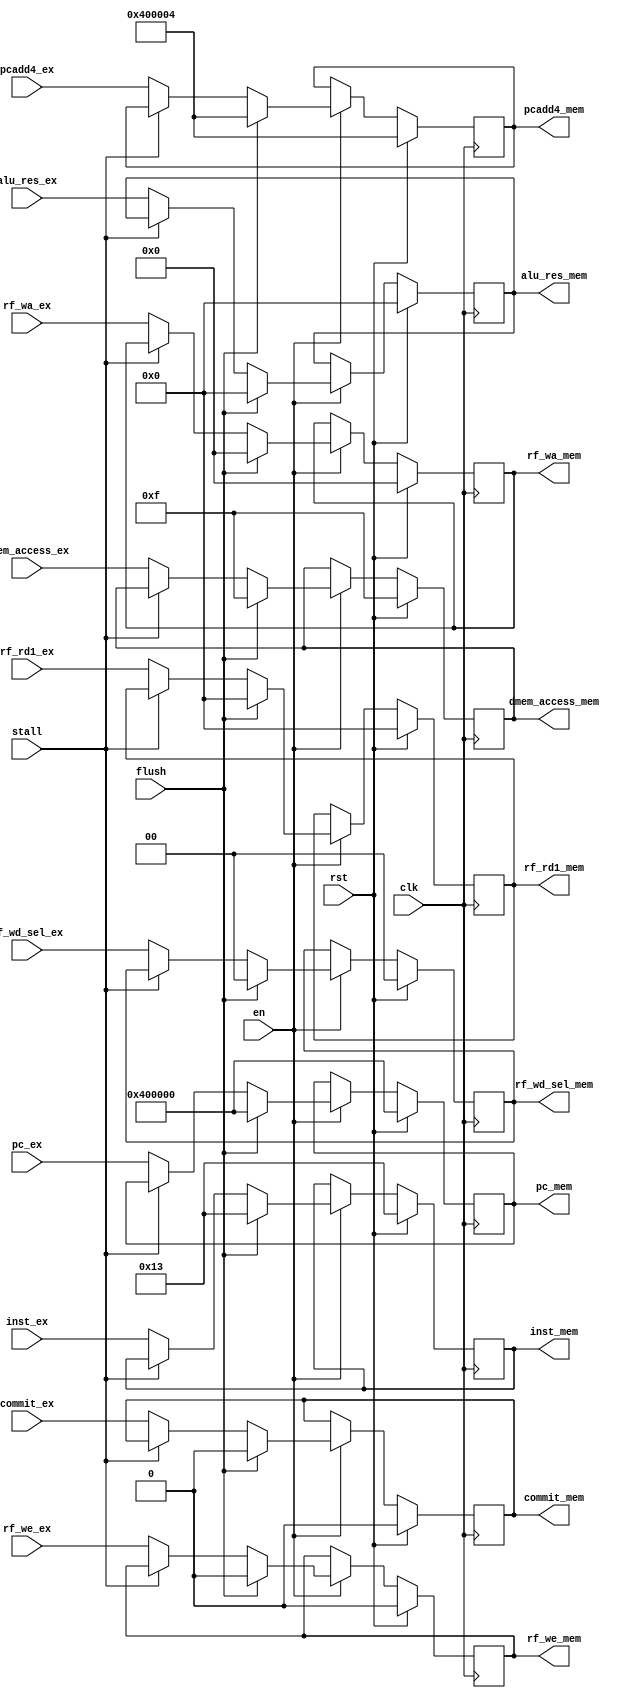
module EX_MEM(
    input [0:0]     clk,
    input [0:0]     en,
    input [0:0]     rst,
    input [31:0]    pcadd4_ex,
    input [31:0]    pc_ex,
    input [31:0]    inst_ex,
    input [31:0]    alu_res_ex,
    input [31:0]    rf_rd1_ex,
    input [4:0]     rf_wa_ex,
    input [0:0]     stall,
    input [0:0]     flush,
    input [0:0]     commit_ex,
    input [0:0]     rf_we_ex,
    input [1:0]     rf_wd_sel_ex,
    input [3:0]     dmem_access_ex,
    
    output  reg [31:0]      pcadd4_mem,
    output  reg [31:0]      alu_res_mem,
    output  reg [31:0]      rf_rd1_mem,
    output  reg [4:0]       rf_wa_mem,
    output  reg [0:0]       commit_mem,
    output  reg [0:0]       rf_we_mem,
    output  reg [1:0]       rf_wd_sel_mem,
    output  reg [3:0]       dmem_access_mem,
    output  reg [31:0]      pc_mem,
    output  reg [31:0]      inst_mem
);

always @(posedge clk) begin
    if(rst)begin
        pcadd4_mem <= 32'h00400004;
        alu_res_mem <= 0;
        rf_rd1_mem <= 0;
        rf_wa_mem <= 0;
        commit_mem <= 0;
        rf_we_mem <= 0;
        rf_wd_sel_mem <= 0;
        dmem_access_mem <= 4'b1111;
        pc_mem <= 32'h00400000;
        inst_mem <= 32'h00000013;
    end
    else if(en)begin
        if(flush)begin
            pcadd4_mem <= 32'h00400004;
            alu_res_mem <= 0;
            rf_rd1_mem <= 0;
            rf_wa_mem <= 0;
            commit_mem <= 0;
            rf_we_mem <= 0;
            rf_wd_sel_mem <= 0;
            dmem_access_mem <= 4'b1111;
            pc_mem <= 32'h00400000;
            inst_mem <= 32'h00000013;
        end
        else if(stall)begin
            pcadd4_mem <= pcadd4_mem;
            alu_res_mem <= alu_res_mem;
            rf_rd1_mem <= rf_rd1_mem;
            rf_wa_mem <= rf_wa_mem;
            commit_mem <= commit_mem;
            rf_we_mem <= rf_we_mem;
            rf_wd_sel_mem <= rf_wd_sel_mem;
            dmem_access_mem <= dmem_access_mem;
            pc_mem <= pc_mem;
            inst_mem <= inst_mem;
        end
        else begin
            pcadd4_mem <= pcadd4_ex;
            alu_res_mem <= alu_res_ex;
            rf_rd1_mem <= rf_rd1_ex;
            rf_wa_mem <= rf_wa_ex;
            commit_mem <= commit_ex;
            rf_we_mem <= rf_we_ex;
            rf_wd_sel_mem <= rf_wd_sel_ex;
            dmem_access_mem <= dmem_access_ex;
            pc_mem <= pc_ex;
            inst_mem <= inst_ex;
        end
    end
end

endmodule